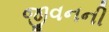
જીવનની